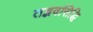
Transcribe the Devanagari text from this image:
तद्भवसिद्धि